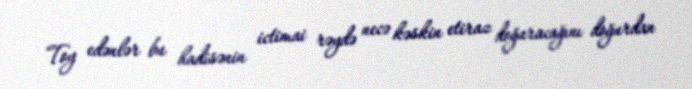
Toy edənlər bu hadisənin ictimai rəydə necə kəskin etiraz doğuracağını doğurdan